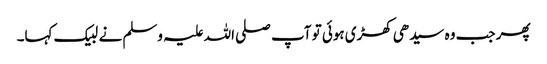
پھر جب وہ سیدھی کھڑی ہوئی تو آپ صلی اللہ علیہ وسلم نے لبیک کہا۔